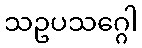
သဥပသဂ္ဂေါ